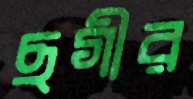
ছগীর